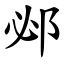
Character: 邲